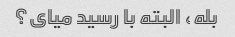
بله، البته با رسید میای؟